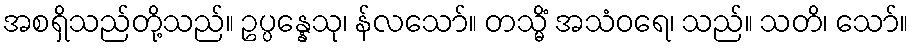
အစရှိသည်တို့သည်။ ဥပ္ပန္နေသု၊ န်လသော်။ တသ္မိံ အသံဝရေ၊ သည်။ သတိ၊ သော်။